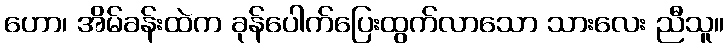
ဟော၊ အိမ်ခန်းထဲက ခုန်ပေါက်ပြေးထွက်လာသော သားလေး ညီသူ။